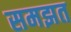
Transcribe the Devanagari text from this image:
समझत